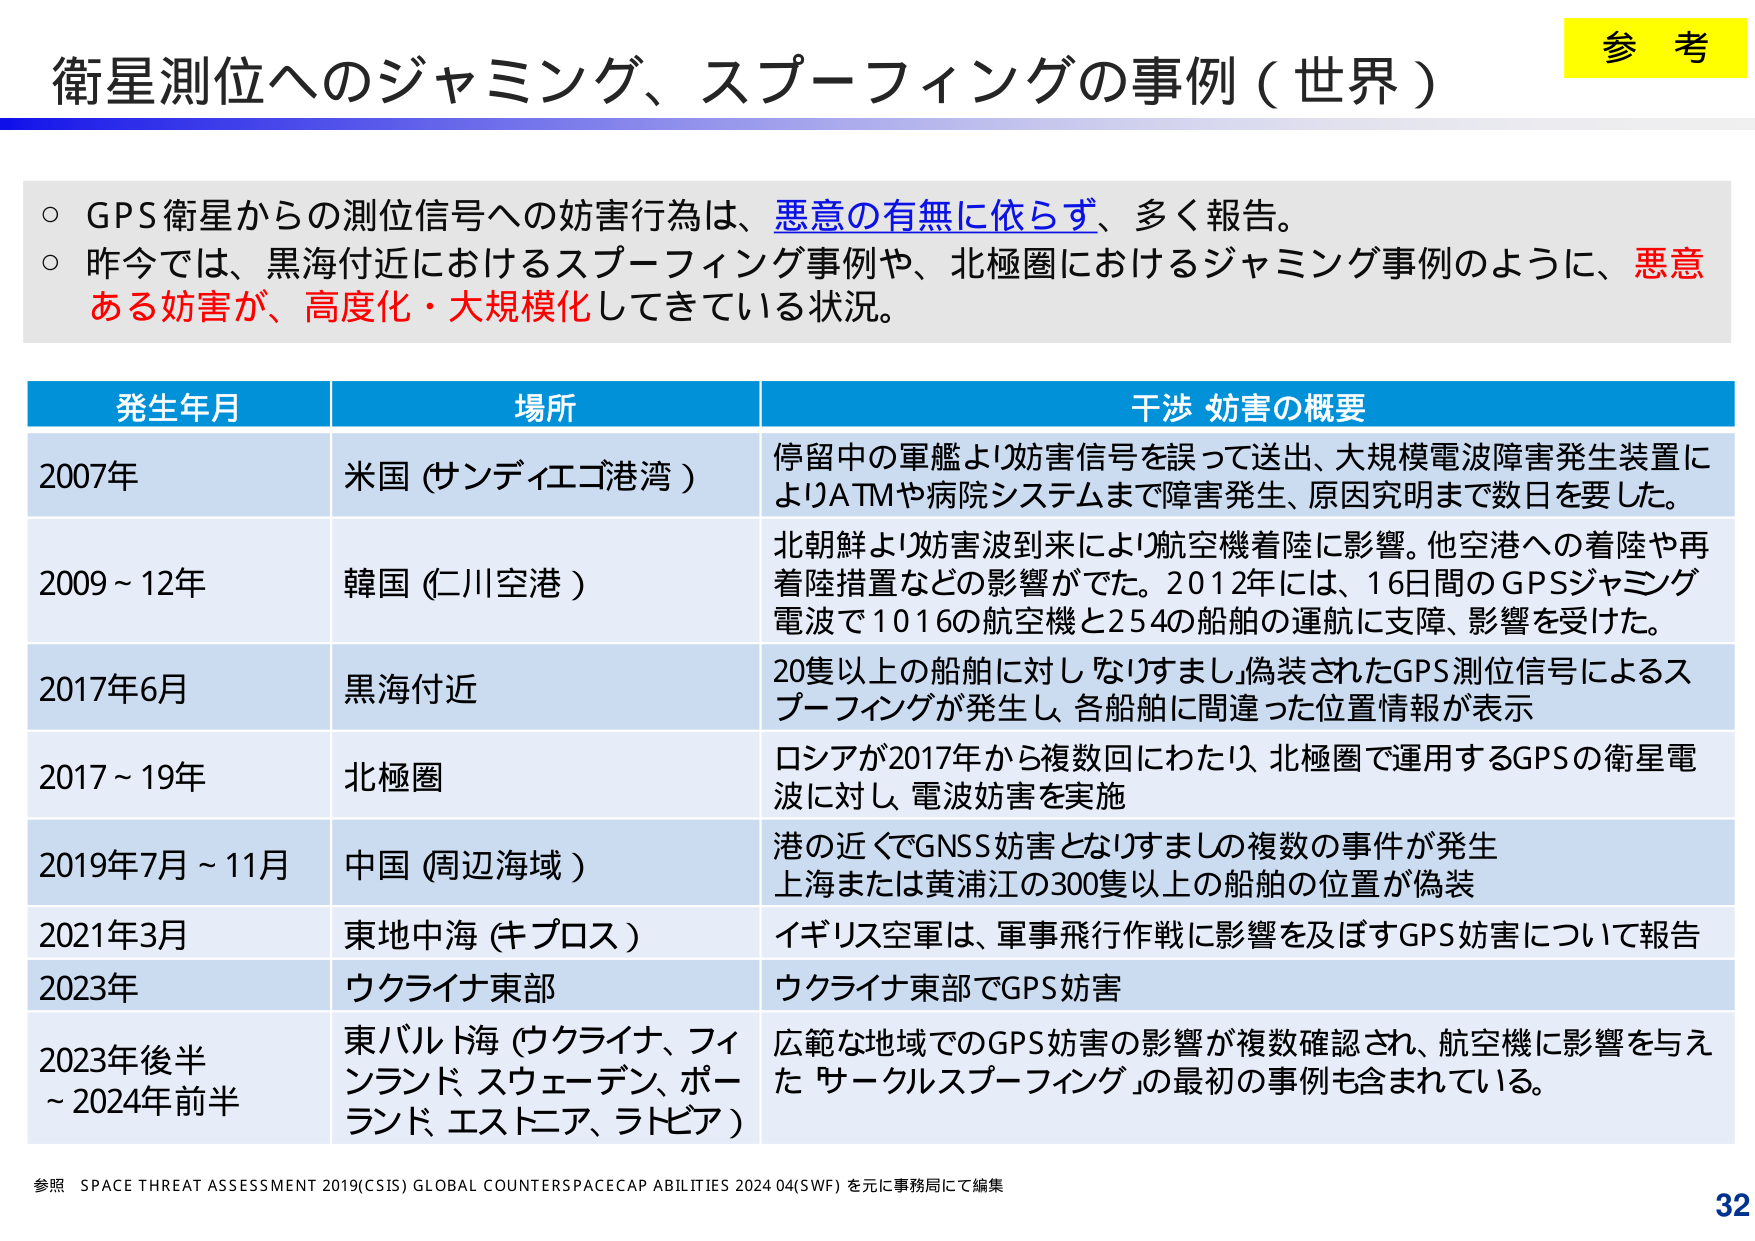
衛星測位へのジャミング、スプーフィングの事例（世界）

参考

○ GPS衛星からの測位信号への妨害行為は、悪意の有無に依らず、多く報告。
○ 昨今では、黒海付近におけるスプーフィング事例や、北極圏におけるジャミング事例のように、悪意ある妨害が、高度化・大規模化してきている状況。

発生年月　　場所　　干渉・妨害の概要

2007年　　米国（サンディエゴ港湾）　　停留中の軍艦より妨害信号を誤って送出、大規模電波障害発生装置によりATMや病院システムまで障害発生、原因究明まで数日を要した。

2009～12年　　韓国（仁川空港）　　北朝鮮より妨害波到来により航空機着陸に影響。他空港への着陸や再着陸措置などの影響がでた。2012年には、16日間のGPSジャミング電波で1016の航空機と254の船舶の運航に支障、影響を受けた。

2017年6月　　黒海付近　　20隻以上の船舶に対し「なりすまし」偽装されたGPS測位信号によるスプーフィングが発生し、各船舶に間違った位置情報が表示

2017～19年　　北極圏　　ロシアが2017年から複数回にわたり、北極圏で運用するGPSの衛星電波に対し、電波妨害を実施

2019年7月～11月　　中国（周辺海域）　　港の近くでGNSS妨害となり「すまし」の複数の事件が発生。上海または黄浦江の300隻以上の船舶の位置が偽装

2021年3月　　東地中海（キプロス）　　イギリス空軍は、軍事飛行作戦に影響を及ぼすGPS妨害について報告

2023年　　ウクライナ東部　　ウクライナ東部でGPS妨害

2023年後半～2024年前半　　東バルト海（ウクライナ、フィンランド、スウェーデン、ポーランド、エストニア、ラトビア）　　広範な地域でのGPS妨害の影響が複数確認され、航空機に影響を与えた「サークルスプーフィング」の最初の事例も含まれている。

参照　SPACE THREAT ASSESSMENT 2019(CSIS) GLOBAL COUNTERSPACECAP ABILITIES 2024 04(SWF) を元に事務局にて編集

32